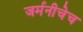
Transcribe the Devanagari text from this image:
जर्मनीचेच